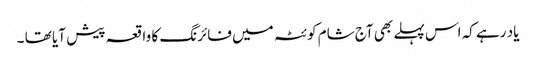
یاد رہے کہ اس پہلے بھی آج شام کوئٹہ میں فائرنگ کا واقعہ پیش آیا تھا ۔